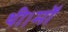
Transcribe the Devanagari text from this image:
थी।माॅ